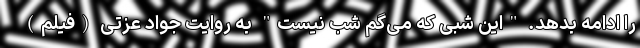
را ادامه بدهد. "این شبی که می‌گم شب نیست" به روایت جواد عزتی (فیلم)